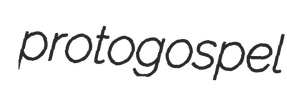
protogospel